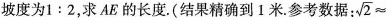
坡度为$$1:2$$，求AE的长度。(结果精确到1米。参考数据： \sqrt{2} \approx